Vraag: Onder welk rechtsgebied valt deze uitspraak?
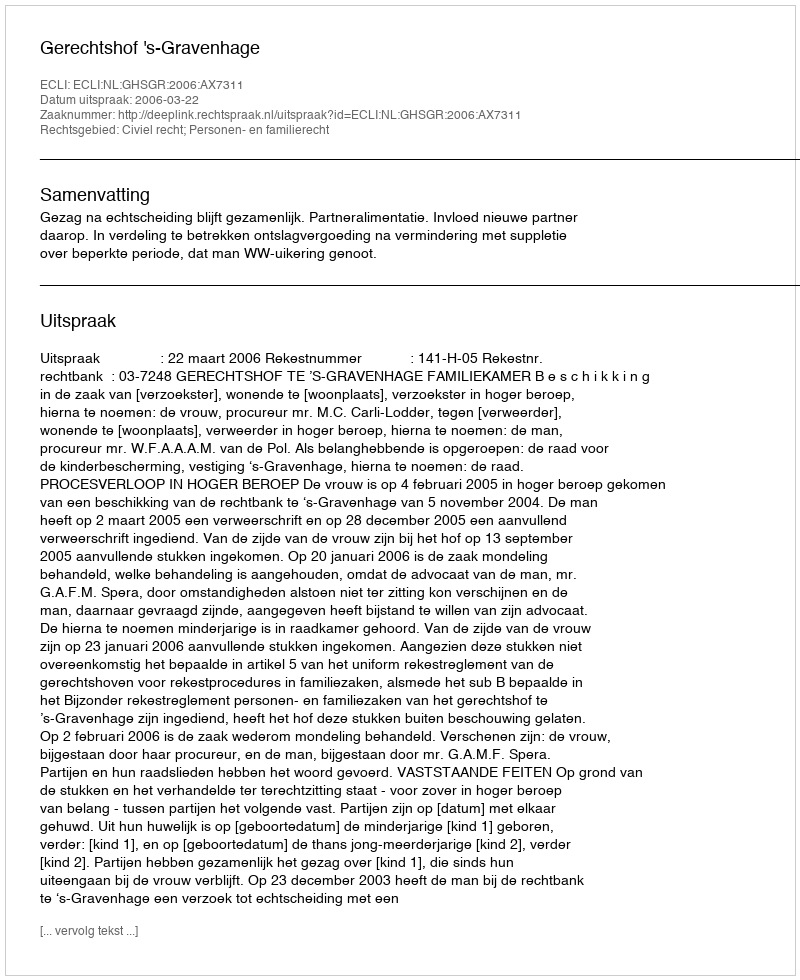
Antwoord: Civiel recht; Personen- en familierecht